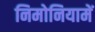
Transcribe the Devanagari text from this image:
निमोनियामें